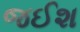
જઈશ